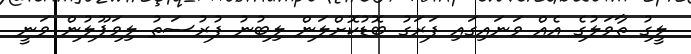
ލީގު ތާވަލުގެ އެއް ވަނައިގައި ފަރަގު ބޮޑުކޮށްލަން ލިބުނު ފުރުސަތު ލިވަޕޫލުން ވަނީ